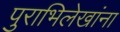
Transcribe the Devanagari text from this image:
पुराभिलेखांना